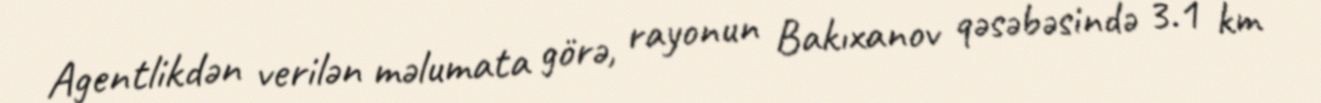
Agentlikdən verilən məlumata görə, rayonun Bakıxanov qəsəbəsində 3.1 km